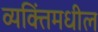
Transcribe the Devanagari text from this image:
व्यक्तिंमधील